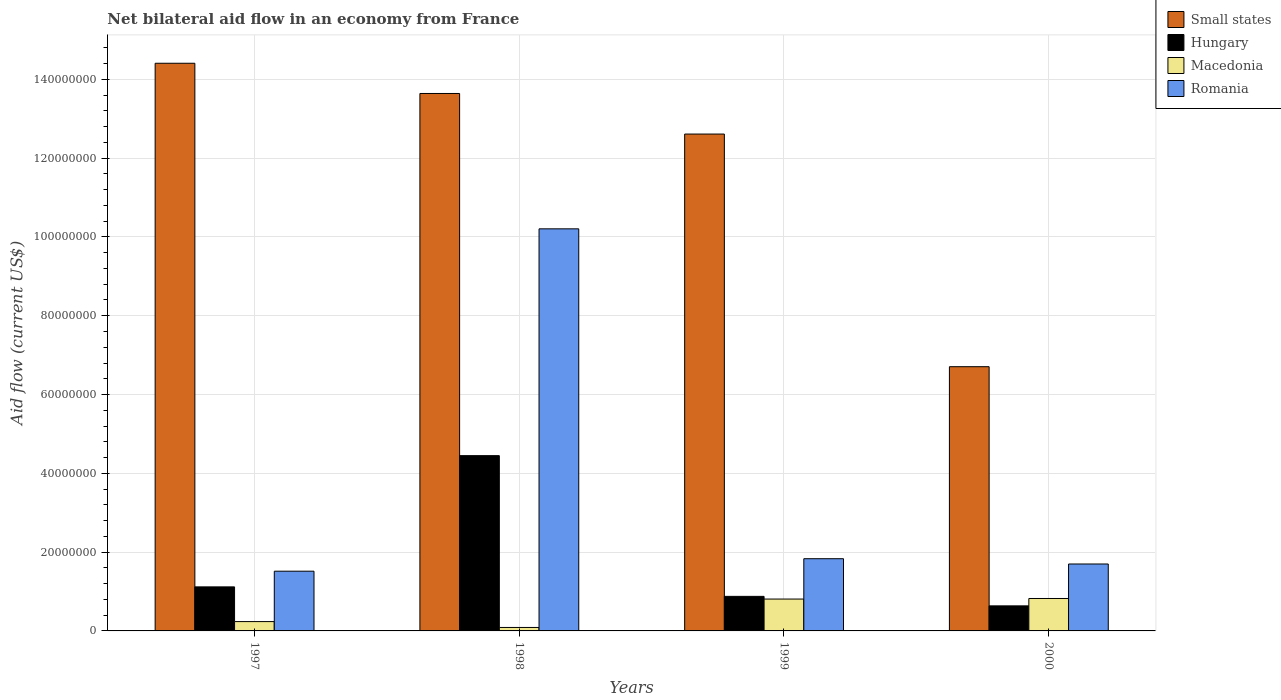
| Years | Small states | Hungary | Macedonia | Romania |
 | --- | --- | --- | --- | --- |
 | 1997 | 1.44e+08 | 1.12e+07 | 2.37e+06 | 1.52e+07 |
 | 1998 | 1.36e+08 | 4.45e+07 | 8.8e+05 | 1.02e+08 |
 | 1999 | 1.26e+08 | 8.77e+06 | 8.09e+06 | 1.83e+07 |
 | 2000 | 6.71e+07 | 6.36e+06 | 8.23e+06 | 1.7e+07 |